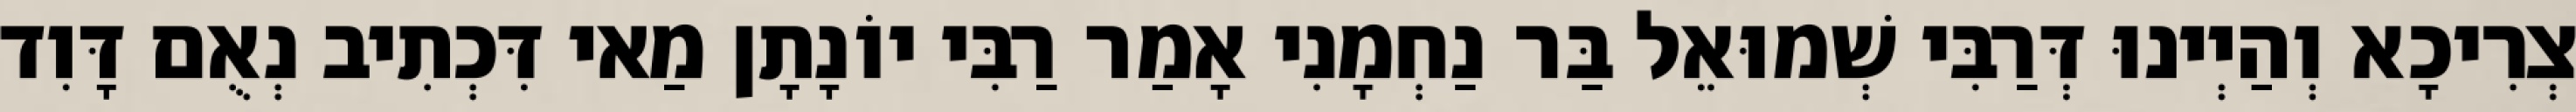
צְרִיכָא וְהַיְינוּ דְּרַבִּי שְׁמוּאֵל בַּר נַחְמָנִי אָמַר רַבִּי יוֹנָתָן מַאי דִּכְתִיב נְאֻם דָּוִד